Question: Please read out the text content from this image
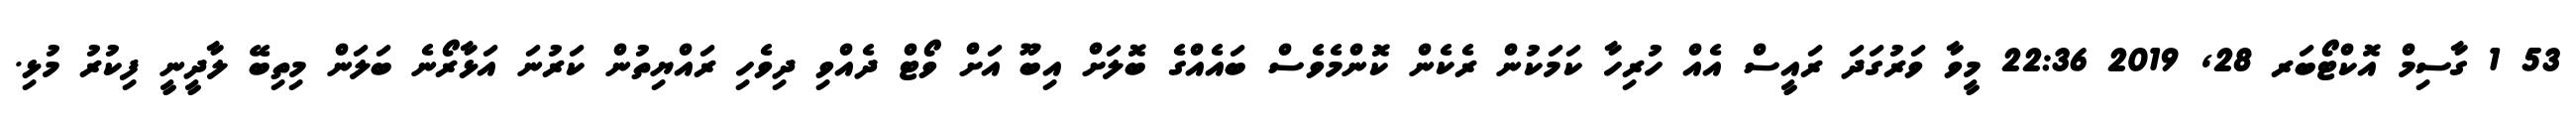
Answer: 53 1 ގާސިމް އޮކްޓޯބަރ 28, 2019 22:36 މީވާ ވަރުގަދަ ރައީސް އެއް ހުރިހާ ކަމަކުން ރެކެން ކޮންމެވެސް ބައެއްގެ ބޮލަށް އިބޫ އަށް ވޯޓް ދެއްވި ދިވެހި ރައްޔިތުން ކަރުނަ އަޅާރޯނެ ބަލަން މިތިބޭ ލާދީނީ ފިކުރު މުޅި.